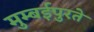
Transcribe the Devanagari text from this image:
मुम्बईपुरते